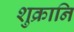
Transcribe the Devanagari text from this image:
शुक्रानि